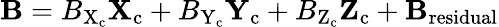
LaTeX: \textbf{B}=B_{\mathrm{X}_{\mathrm{c}}}\textbf{X}_{\mathrm{c}}+B_{\mathrm{Y}_{\mathrm{c}}}\textbf{Y}_{\mathrm{c}}+B_{\mathrm{Z}_{\mathrm{c}}}\textbf{Z}_{\mathrm{c}}+\textbf{B}_{\mathrm{residual}}